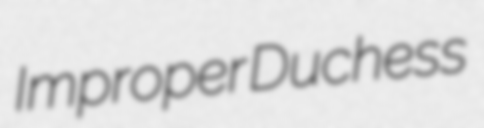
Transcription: Improper Duchess